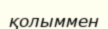
қолыммен